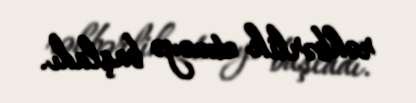
rəhbərlik etməyə başladı.